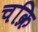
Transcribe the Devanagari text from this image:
चक्रि